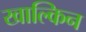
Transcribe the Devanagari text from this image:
खाल्किन